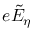
e { \tilde { E } } _ { \eta }